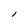
Character: l